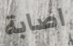
اصابة